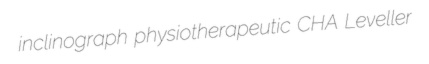
inclinograph physiotherapeutic CHA Leveller